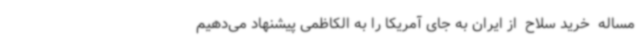
مساله  خرید سلاح  از ایران به جای آمریکا را به الکاظمی پیشنهاد می‌دهیم